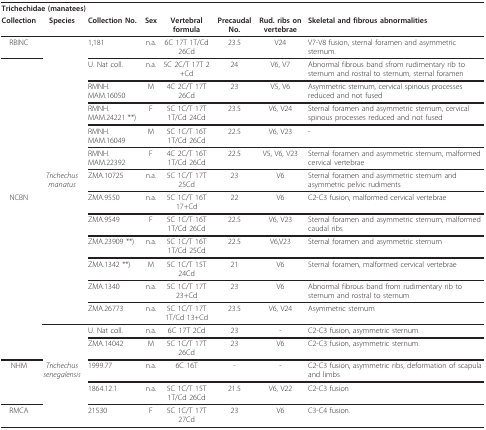
<table><thead><tr><td colspan="8"><b>Trichechidae (manatees)</b></td></tr><tr><td><b>Collection</b></td><td><b>Species</b></td><td><b>Collection No.</b></td><td><b>Sex</b></td><td><b>Vertebral formula</b></td><td><b>Precaudal No.</b></td><td><b>Rud. ribs on vertebrae</b></td><td><b>Skeletal and fibrous abnormalities</b></td></tr></thead><tbody><tr><td>RBINC</td><td></td><td>1,181</td><td>n.a.</td><td>6C 17T 1T/Cd 26Cd</td><td>23.5</td><td>V24</td><td>V7-V8 fusion, sternal foramen and asymmetric sternum.</td></tr><tr><td></td><td></td><td>U. Nat coll.</td><td>n.a.</td><td>5C 2C/T 17T 2+Cd</td><td>24</td><td>V6, V7</td><td>Abnormal fibrous band sfrom rudimentary rib to sternum and rostral to sternum, sternal foramen</td></tr><tr><td></td><td></td><td>RMNH.MAM.16050</td><td>M</td><td>4C 2C/T 17T 26Cd</td><td>23</td><td>V5, V6</td><td>Asymmetric sternum, cervical spinous processes reduced and not fused</td></tr><tr><td></td><td></td><td>RMNH.MAM.24221 **)</td><td>F</td><td>5C 1C/T 17T 1T/Cd 24Cd</td><td>23.5</td><td>V6, V24</td><td>Sternal foramen and asymmetric sternum, cervical spinous processes reduced and not fused</td></tr><tr><td></td><td></td><td>RMNH.MAM.16049</td><td>M</td><td>5C 1C/T 16T 1T/Cd 26Cd</td><td>22.5</td><td>V6, V23</td><td>-</td></tr><tr><td></td><td></td><td>RMNH.MAM.22392</td><td>F</td><td>4C 2C/T 16T 1T/Cd 26Cd</td><td>22.5</td><td>V5, V6, V23</td><td>Sternal foramen and asymmetric sternum, malformed cervical vertebrae</td></tr><tr><td></td><td><i>Trichechus manatus</i></td><td>ZMA.10725</td><td>n.a.</td><td>5C 1C/T 17T 25Cd</td><td>23</td><td>V6</td><td>Sternal foramen and asymmetric sternum and asymmetric pelvic rudiments</td></tr><tr><td>NCBN</td><td></td><td>ZMA.9550</td><td>n.a.</td><td>5C 1C/T 16T 17+Cd</td><td>22</td><td>V6</td><td>C2-C3 fusion, malformed cervical vertebrae</td></tr><tr><td></td><td></td><td>ZMA.9549</td><td>F</td><td>5C 1C/T 16T 1T/Cd 26Cd</td><td>22.5</td><td>V6, V23</td><td>Sternal foramen and asymmetric sternum, malformed caudal ribs</td></tr><tr><td></td><td></td><td>ZMA.23909 **)</td><td>n.a.</td><td>5C 1C/T 16T 1T/Cd 25Cd</td><td>22.5</td><td>V6,V23</td><td>Sternal foramen and asymmetric sternum</td></tr><tr><td></td><td></td><td>ZMA.1342 **)</td><td>M</td><td>5C 1C/T 15T 24Cd</td><td>21</td><td>V6</td><td>Sternal foramen, malformed cervical vertebrae</td></tr><tr><td></td><td></td><td>ZMA.1340</td><td>n.a.</td><td>5C 1C/T 17T 23+Cd</td><td>23</td><td>V6</td><td>Abnormal fibrous band from rudimentary rib to sternum and rostral to sternum</td></tr><tr><td></td><td></td><td>ZMA.26773</td><td>n.a.</td><td>5C 1C/T 17T 1T/Cd 13+Cd</td><td>23.5</td><td>V6, V24</td><td>Asymmetric sternum</td></tr><tr><td></td><td></td><td>U. Nat coll.</td><td>n.a.</td><td>6C 17T 2Cd</td><td>23</td><td>-</td><td>C2-C3 fusion, asymmetric sternum.</td></tr><tr><td></td><td></td><td>ZMA.14042</td><td>M</td><td>5C 1C/T 17T 26Cd</td><td>23</td><td>V6</td><td>C2-C3 fusion, asymmetric sternum.</td></tr><tr><td>NHM</td><td><i>Trichechus senegalensis</i></td><td>1999.77</td><td>n.a.</td><td>6C 16T</td><td>-</td><td>-</td><td>C2-C3 fusion, asymmetric ribs, deformation of scapula and limbs</td></tr><tr><td></td><td></td><td>1864.12.1</td><td>n.a.</td><td>5C 1C/T 15T 1T/Cd 26Cd</td><td>21.5</td><td>V6, V22</td><td>C2-C3 fusion</td></tr><tr><td>RMCA</td><td></td><td>21530</td><td>F</td><td>5C 1C/T 17T 27Cd</td><td>23</td><td>V6</td><td>C3-C4 fusion.</td></tr></tbody></table>